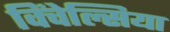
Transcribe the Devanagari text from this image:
विंचेल्सिया